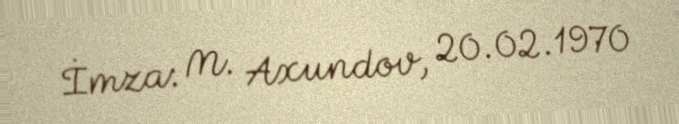
İmza: M. Axundov, 20.02.1970